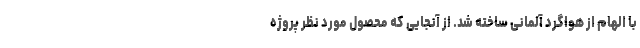
با الهام از هواگرد آلمانی ساخته شد. از آنجایی که محصول مورد نظر پروژه